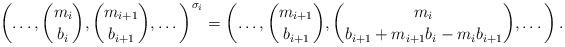
LaTeX: \begin{align*}\left( \dots, \binom{m_i}{b_i}, \binom{m_{i+1}}{b_{i+1}}, \dots \right)^{\sigma_i} = \left(\dots,\binom{m_{i+1}}{b_{i+1}}, \binom{m_i}{b_{i+1} + m_{i+1} b_i - m_i b_{i+1}}, \dots \right).\end{align*}